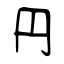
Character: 円